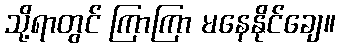
သို့ရာတွင် ကြာကြာ မနေနိုင်ချေ။